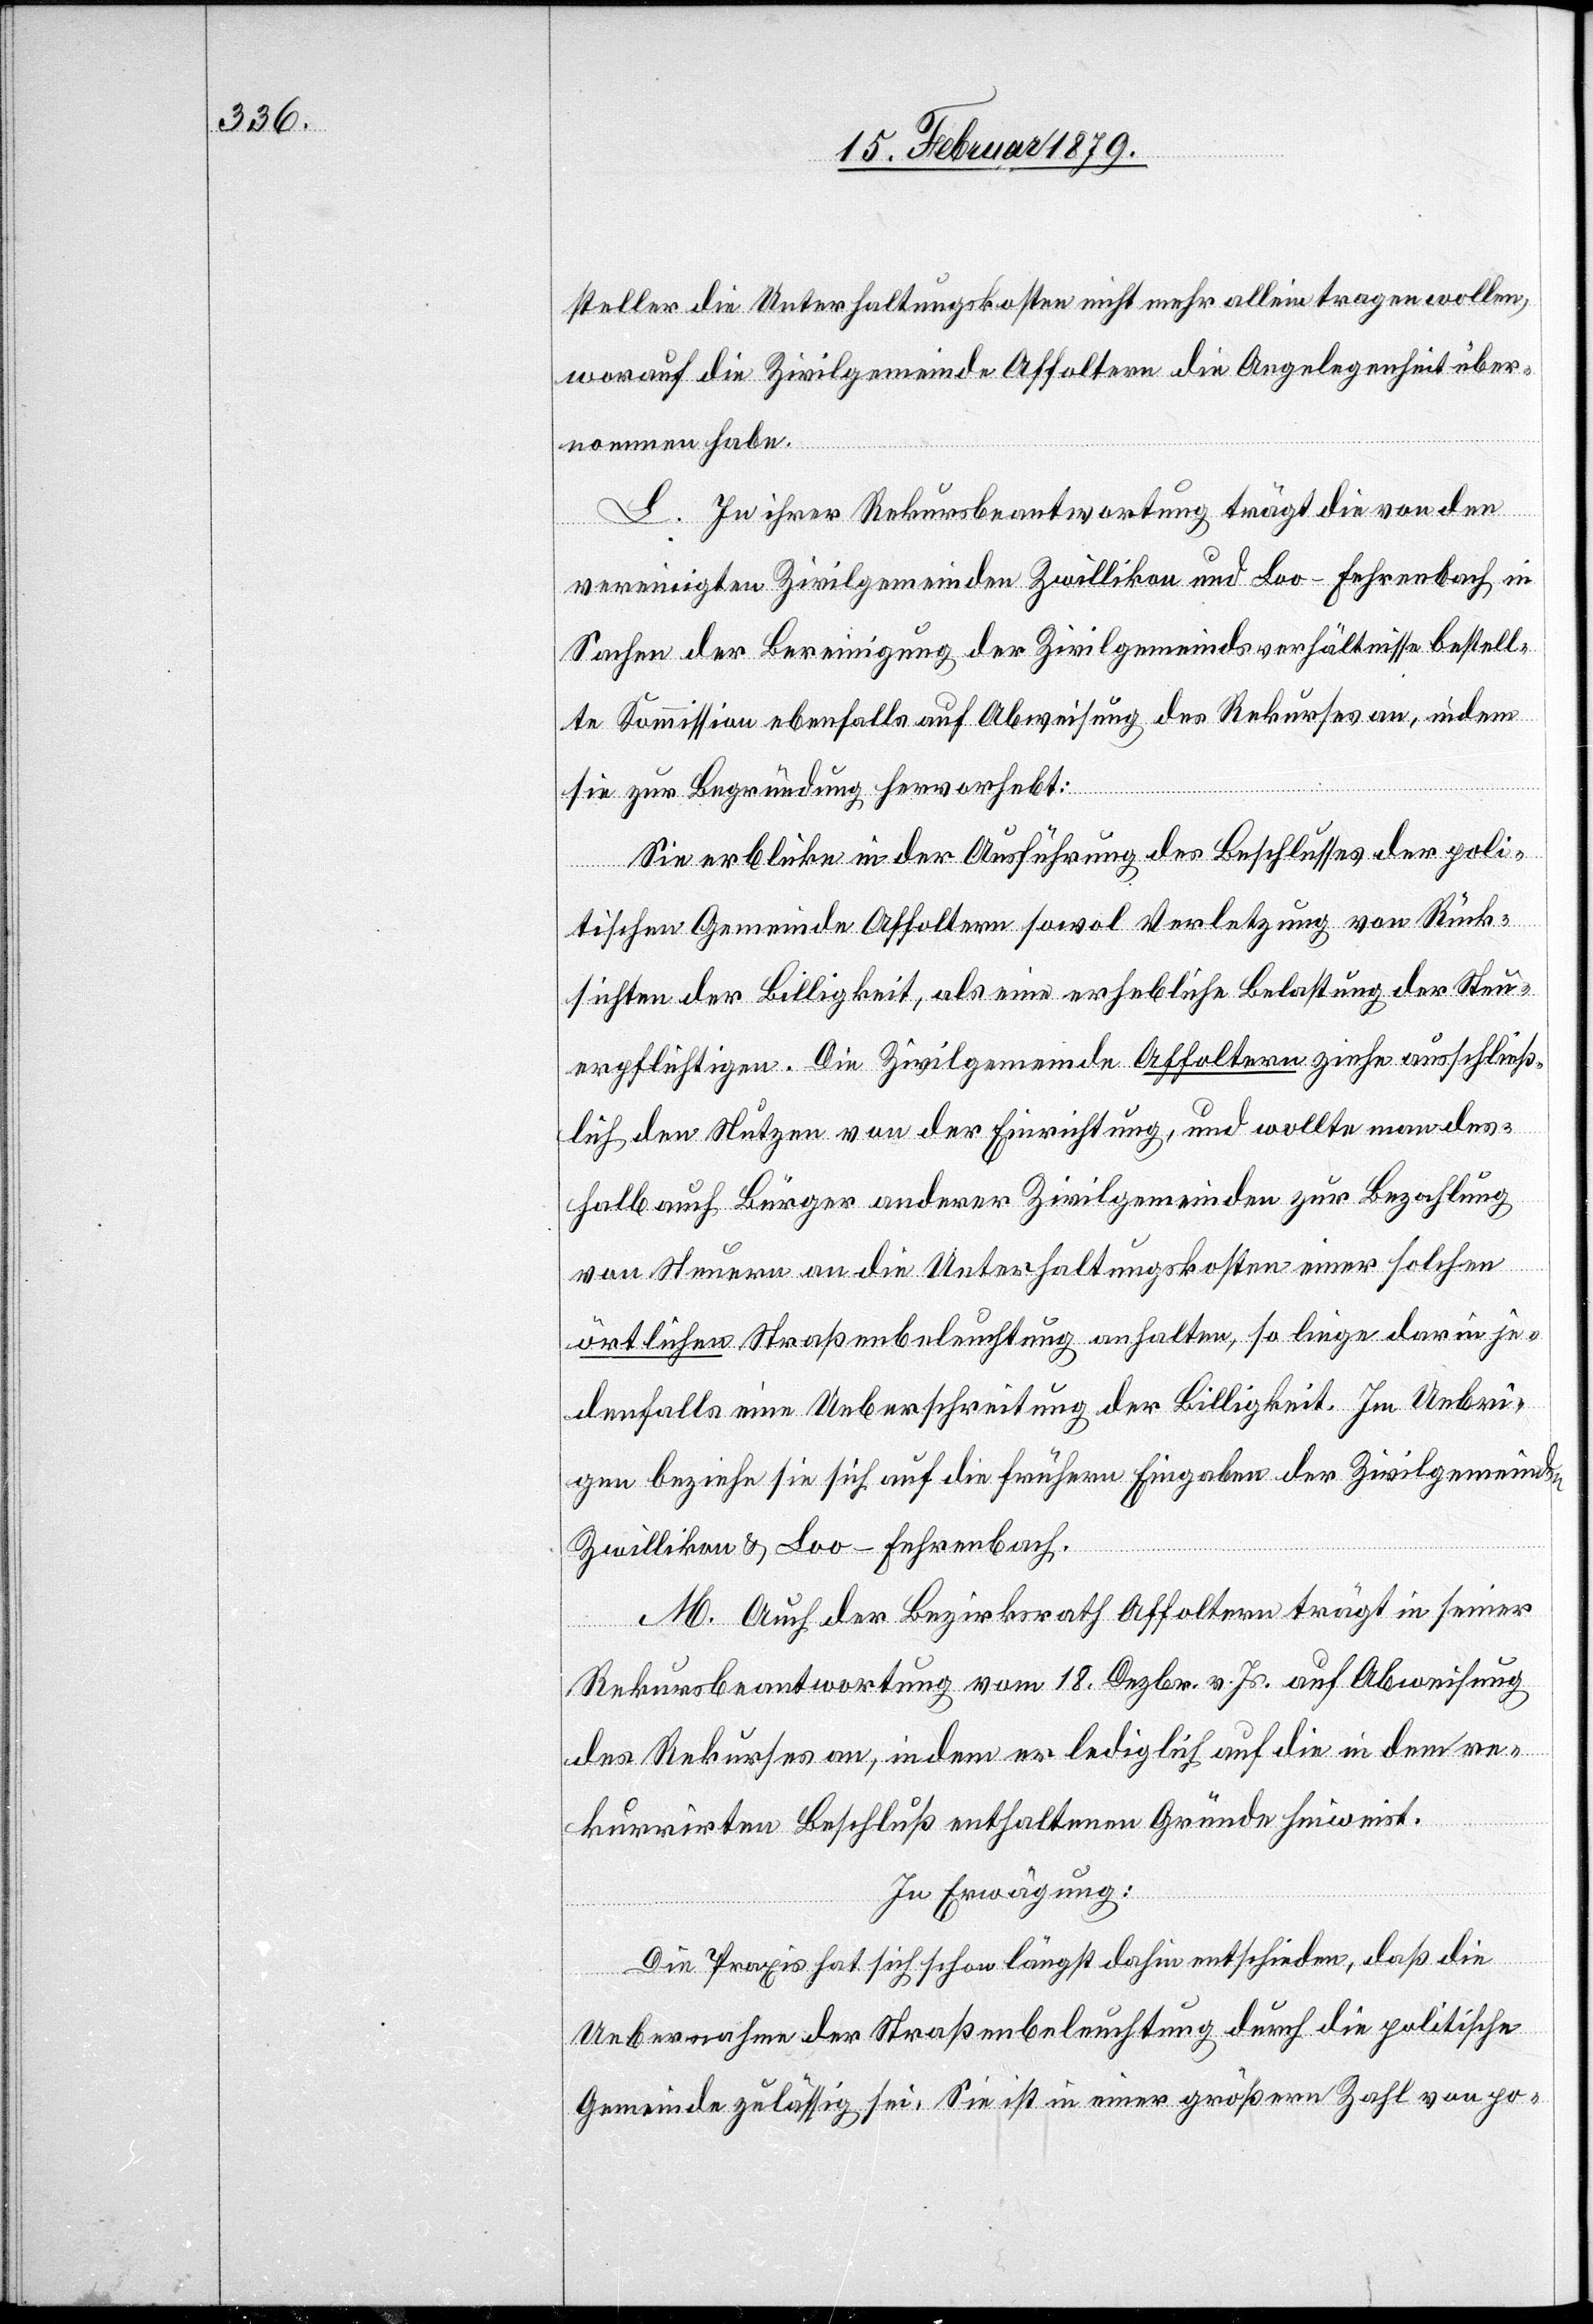
steller die Unterhaltungskosten nicht mehr alleine tragen wollen,
worauf die Zivilgemeinde Affoltern die Angelegenheit über¬
nommen habe.
L. In ihrer Rekursbeantwortung trägt die von den
vereinigten Zivilgemeinden Zwillikon und Loo-Fehrenbach in
Sachen der Bereinigung der Zivilgemeindsverhältnisse bestell¬
te Kommission ebenfalls auf Abweisung des Rekurses an, indem
sie zur Begründung hervorhebt:
Sie erblicke in der Ausführung des Beschlusses der poli¬
tischen Gemeinde Affoltern sowol Verletzung von Rück¬
sichten der Billigkeit, als eine erhebliche Belastung der Steu¬
erpflichtigen. Die Zivilgemeinde Affoltern ziehe ausschließ¬
lich den Nutzen von der Einrichtung, und wollte man des¬
halb auf Bürger anderer Zivilgemeinden zur Bezahlung
von Steuern an die Unterhaltungskosten einer solchen
örtlichen Straßenbeleuchtung anhalten, so liege darin je¬
denfalls eine Ueberschreitung der Billigkeit. Im Uebri¬
gen beziehe sie sich auf die frühern Eingaben der Zivilgemeinden
Zwillikon & Loo-Fehrenbach.
M. Auch der Bezirksrath Affoltern trägt in seiner
Rekursbeantwortung vom 18. Dezbr. v. Js. auf Abweisung
des Rekurses an, indem er lediglich auf die in dem re¬
kurrirten Beschluß enthaltenen Gründe hinweist.
In Erwägung:
Die Praxis hat sich schon längst dahin entschieden, daß die
Uebernahme der Straßenbeleuchtung durch die politische
Gemeinde zulässig sei. Sie ist in einer größern Zahl von po-